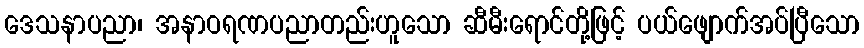
ဒေသနာပညာ၊ အနာဝရဏပညာတည်းဟူသော ဆီမီးရောင်တို့ဖြင့် ပယ်ဖျောက်အပ်ပြီသော